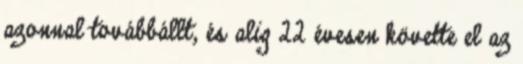
azonnal továbbállt, és alig 22 évesen követte el az